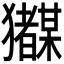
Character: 𭸲